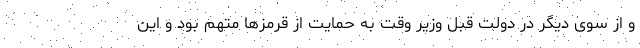
و از سوی دیگر در دولت قبل وزیر وقت به حمایت از قرمزها متهم بود و این